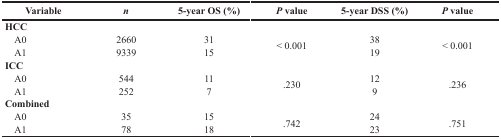
<table><thead><tr><td><b>Variable</b></td><td><b><i>n</i></b></td><td><b>5-year OS (%)</b></td><td><b><i>P</i> value</b></td><td><b>5-year DSS (%)</b></td><td><b><i>P</i> value</b></td></tr></thead><tbody><tr><td><b>HCC</b></td><td></td><td></td><td></td><td></td><td></td></tr><tr><td> A0</td><td>2660</td><td>31</td><td rowspan="2">&lt; 0.001</td><td>38</td><td rowspan="2">&lt; 0.001</td></tr><tr><td> A1</td><td>9339</td><td>15</td><td>19</td></tr><tr><td><b>ICC</b></td><td></td><td></td><td></td><td></td><td></td></tr><tr><td> A0</td><td>544</td><td>11</td><td rowspan="2">.230</td><td>12</td><td rowspan="2">.236</td></tr><tr><td> A1</td><td>252</td><td>7</td><td>9</td></tr><tr><td><b>Combined</b></td><td></td><td></td><td></td><td></td><td></td></tr><tr><td> A0</td><td>35</td><td>15</td><td rowspan="2">.742</td><td>24</td><td rowspan="2">.751</td></tr><tr><td> A1</td><td>78</td><td>18</td><td>23</td></tr></tbody></table>